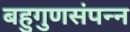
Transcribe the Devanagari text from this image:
बहुगुणसंपन्न